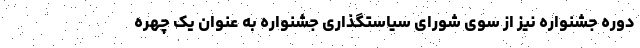
دوره جشنواره نیز از سوی شورای سیاستگذاری جشنواره به عنوان یک چهره